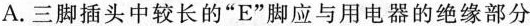
A. 三脚插头中较长的“E”脚应与用电器的绝缘部分